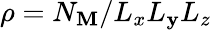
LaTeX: \rho=N_{\mathbf{M}}/L_{x}L_{\mathbf{y}}L_{z}